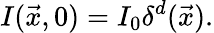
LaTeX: I(\vec{x},0)=I_{0}\delta^{d}(\vec{x}).